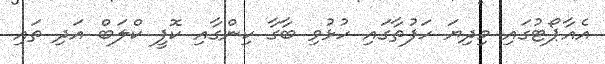
އެއާޕޯޓުގައި މިދިޔަ ހަފުތާގައި ހުޅުވި ބާގާ ކިންގާއި ކޮފީ ކްލަބް އަދި ތައި